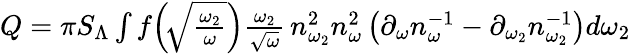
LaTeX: \begin{array}{r}{Q=\pi S_{\Lambda}\int f\! \left(\! \sqrt{\frac{\omega_{2}}{\omega}}\right)\frac{\omega_{2}}{\sqrt{\omega}}\, n_{\omega_{2}}^{2}n_{\omega}^{2}\left(\partial_{\omega}n_{\omega}^{-1}-\partial_{\omega_{2}}n_{\omega_{2}}^{-1}\right)d\omega_{2}}\end{array}